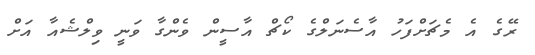
ރޭގެ އެ މެޗަށްފަހު އާސެނަލްގެ ކޯޗް އާސީން ވެންގާ ވަނީ ވިލްޝެއާ އަށް